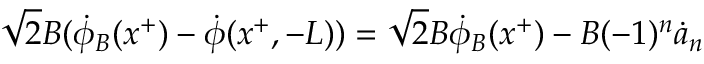
\sqrt { 2 } B ( \dot { \phi } _ { B } ( x ^ { + } ) - \dot { \phi } ( x ^ { + } , - L ) ) = \sqrt { 2 } B \dot { \phi } _ { B } ( x ^ { + } ) - B ( - 1 ) ^ { n } \dot { a } _ { n }